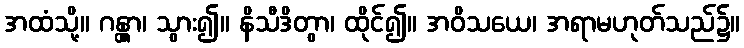
အထံသို့။ ဂန္တွာ၊ သွား၍။ နိသီဒိတွာ၊ ထိုင်၍။ အဝိသယေ၊ အရာမဟုတ်သည်၌။